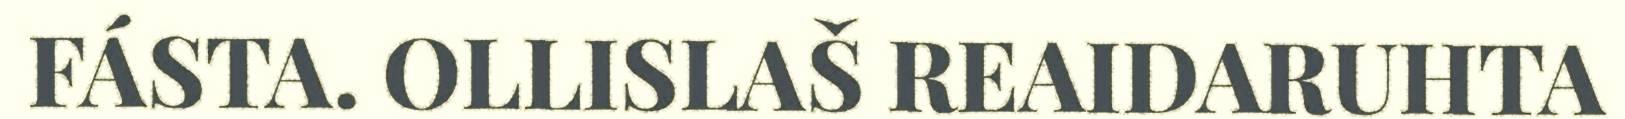
FÁSTA. OLLISLAŠ REAIDARUHTA